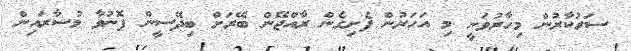
ސަރުކާރުން މިހާރުވަނީ މި އަހަރުން ފެށިގެން ރާއްޖޭން ބޭރަށް ބިދޭސީން ފޮނުވާ މުސާރައިން